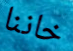
خاننا